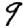
Digit: 9